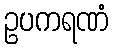
ဥပကရဏံ